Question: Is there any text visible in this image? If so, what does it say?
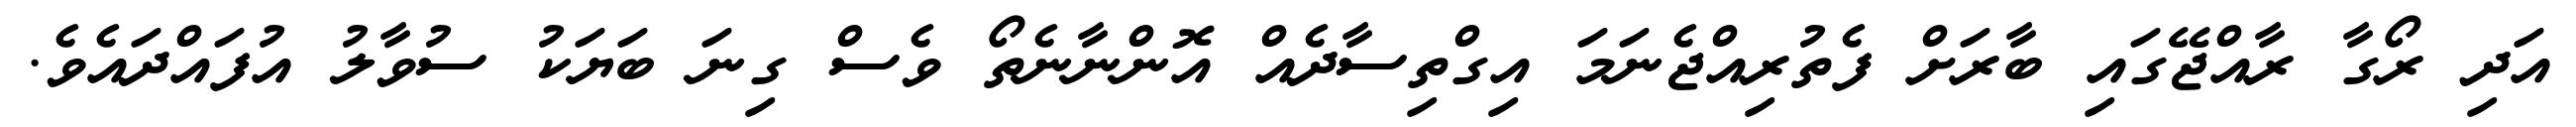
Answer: އަދި ރޯގާ ރާއްޖޭގައި ބާރަށް ފެތުރިއްޖެނަމަ އިގްތިސާދެއް އޮންނާނެތޯ ވެސް ގިނަ ބަޔަކު ސުވާލު އުފައްދައެވެ.